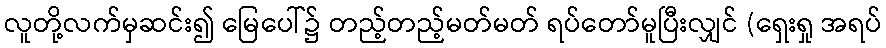
လူတို့လက်မှဆင်း၍ မြေပေါ်၌ တည့်တည့်မတ်မတ် ရပ်တော်မူပြီးလျှင် (ရှေးရှု အရပ်